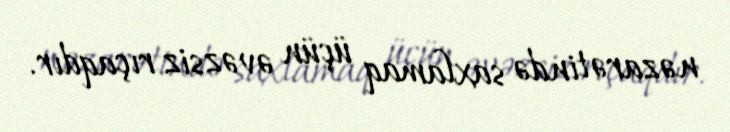
nəzarətində saxlamaq üçün əvəzsiz rıçaqdır.